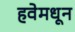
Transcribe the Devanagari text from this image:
हवेमधून